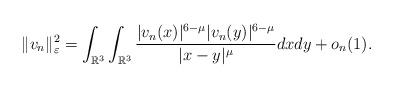
LaTeX: \begin{align*} \|v_n\|^2_{\varepsilon}=\int_{\mathbb{R}^3}\int_{\mathbb{R}^3} \frac{|v_n(x)|^{6-\mu}|v_n(y)|^{6-\mu}}{|x-y|^\mu}dxdy+o_{n}(1).\end{align*}